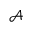
\mathcal { A }